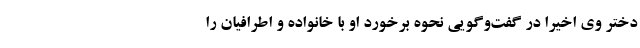
دختر وی اخیرا در گفت‌وگویی نحوه برخورد او با خانواده و اطرافیان را